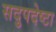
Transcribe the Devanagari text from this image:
सदुपदेष्टा